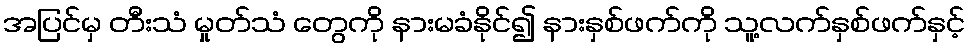
အပြင်မှ တီးသံ မှုတ်သံ တွေကို နားမခံနိုင်၍ နားနှစ်ဖက်ကို သူ့လက်နှစ်ဖက်နှင့်